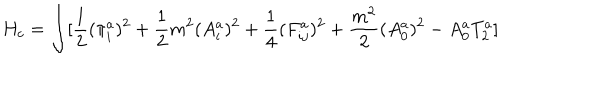
LaTeX: H _ { c } = \int [ \frac { 1 } { 2 } ( \pi _ { i } ^ { a } ) ^ { 2 } + \frac { 1 } { 2 } m ^ { 2 } ( A _ { i } ^ { a } ) ^ { 2 } + \frac { 1 } { 4 } ( F _ { i j } ^ { a } ) ^ { 2 } + \frac { m ^ { 2 } } { 2 } ( A _ { 0 } ^ { a } ) ^ { 2 } - A _ { 0 } ^ { a } T _ { 2 } ^ { a } ]